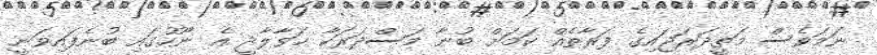
ނަމަވެސް މަތީދަރަޖައިގެ ފަރާތެއް ކަމަށް ބުނާ މަސްދަރަކާ ހަވާލާދީ އެ ނޫހުގައި ބުނެފައިވަނީ